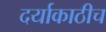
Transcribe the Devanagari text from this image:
दर्याकाठीच